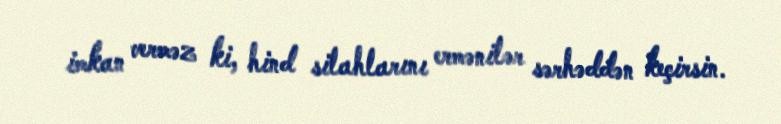
imkan verməz ki, hind silahlarını ermənilər sərhəddən keçirsin.